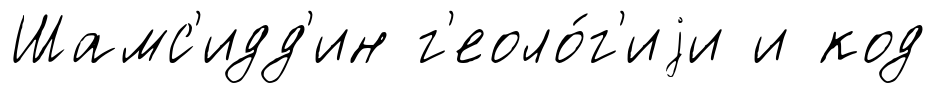
Шамс'идд'ин г'еоло́г'иjи и код